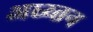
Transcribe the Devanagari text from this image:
अध्य्तन